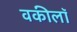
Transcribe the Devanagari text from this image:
वकीलॉ